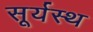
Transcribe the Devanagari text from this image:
सूर्यस्थ